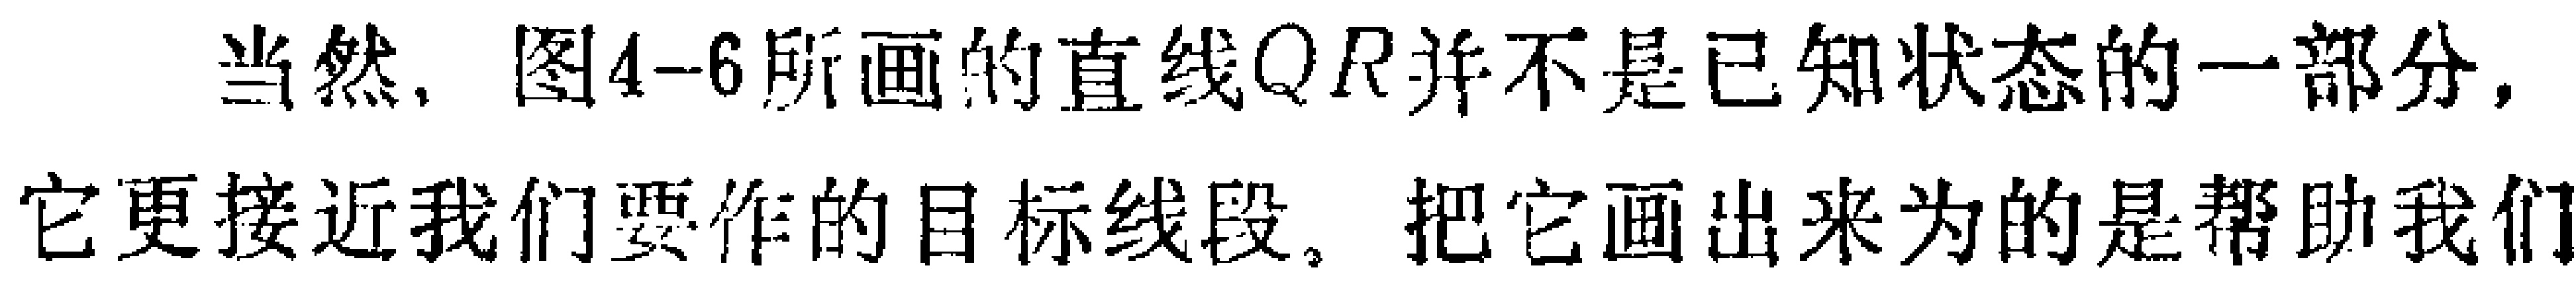
当然，图4-6所画的直线$QR$并不是已知状态的一部分，它更接近我们要作的目标线段。把它画出来为的是帮助我们